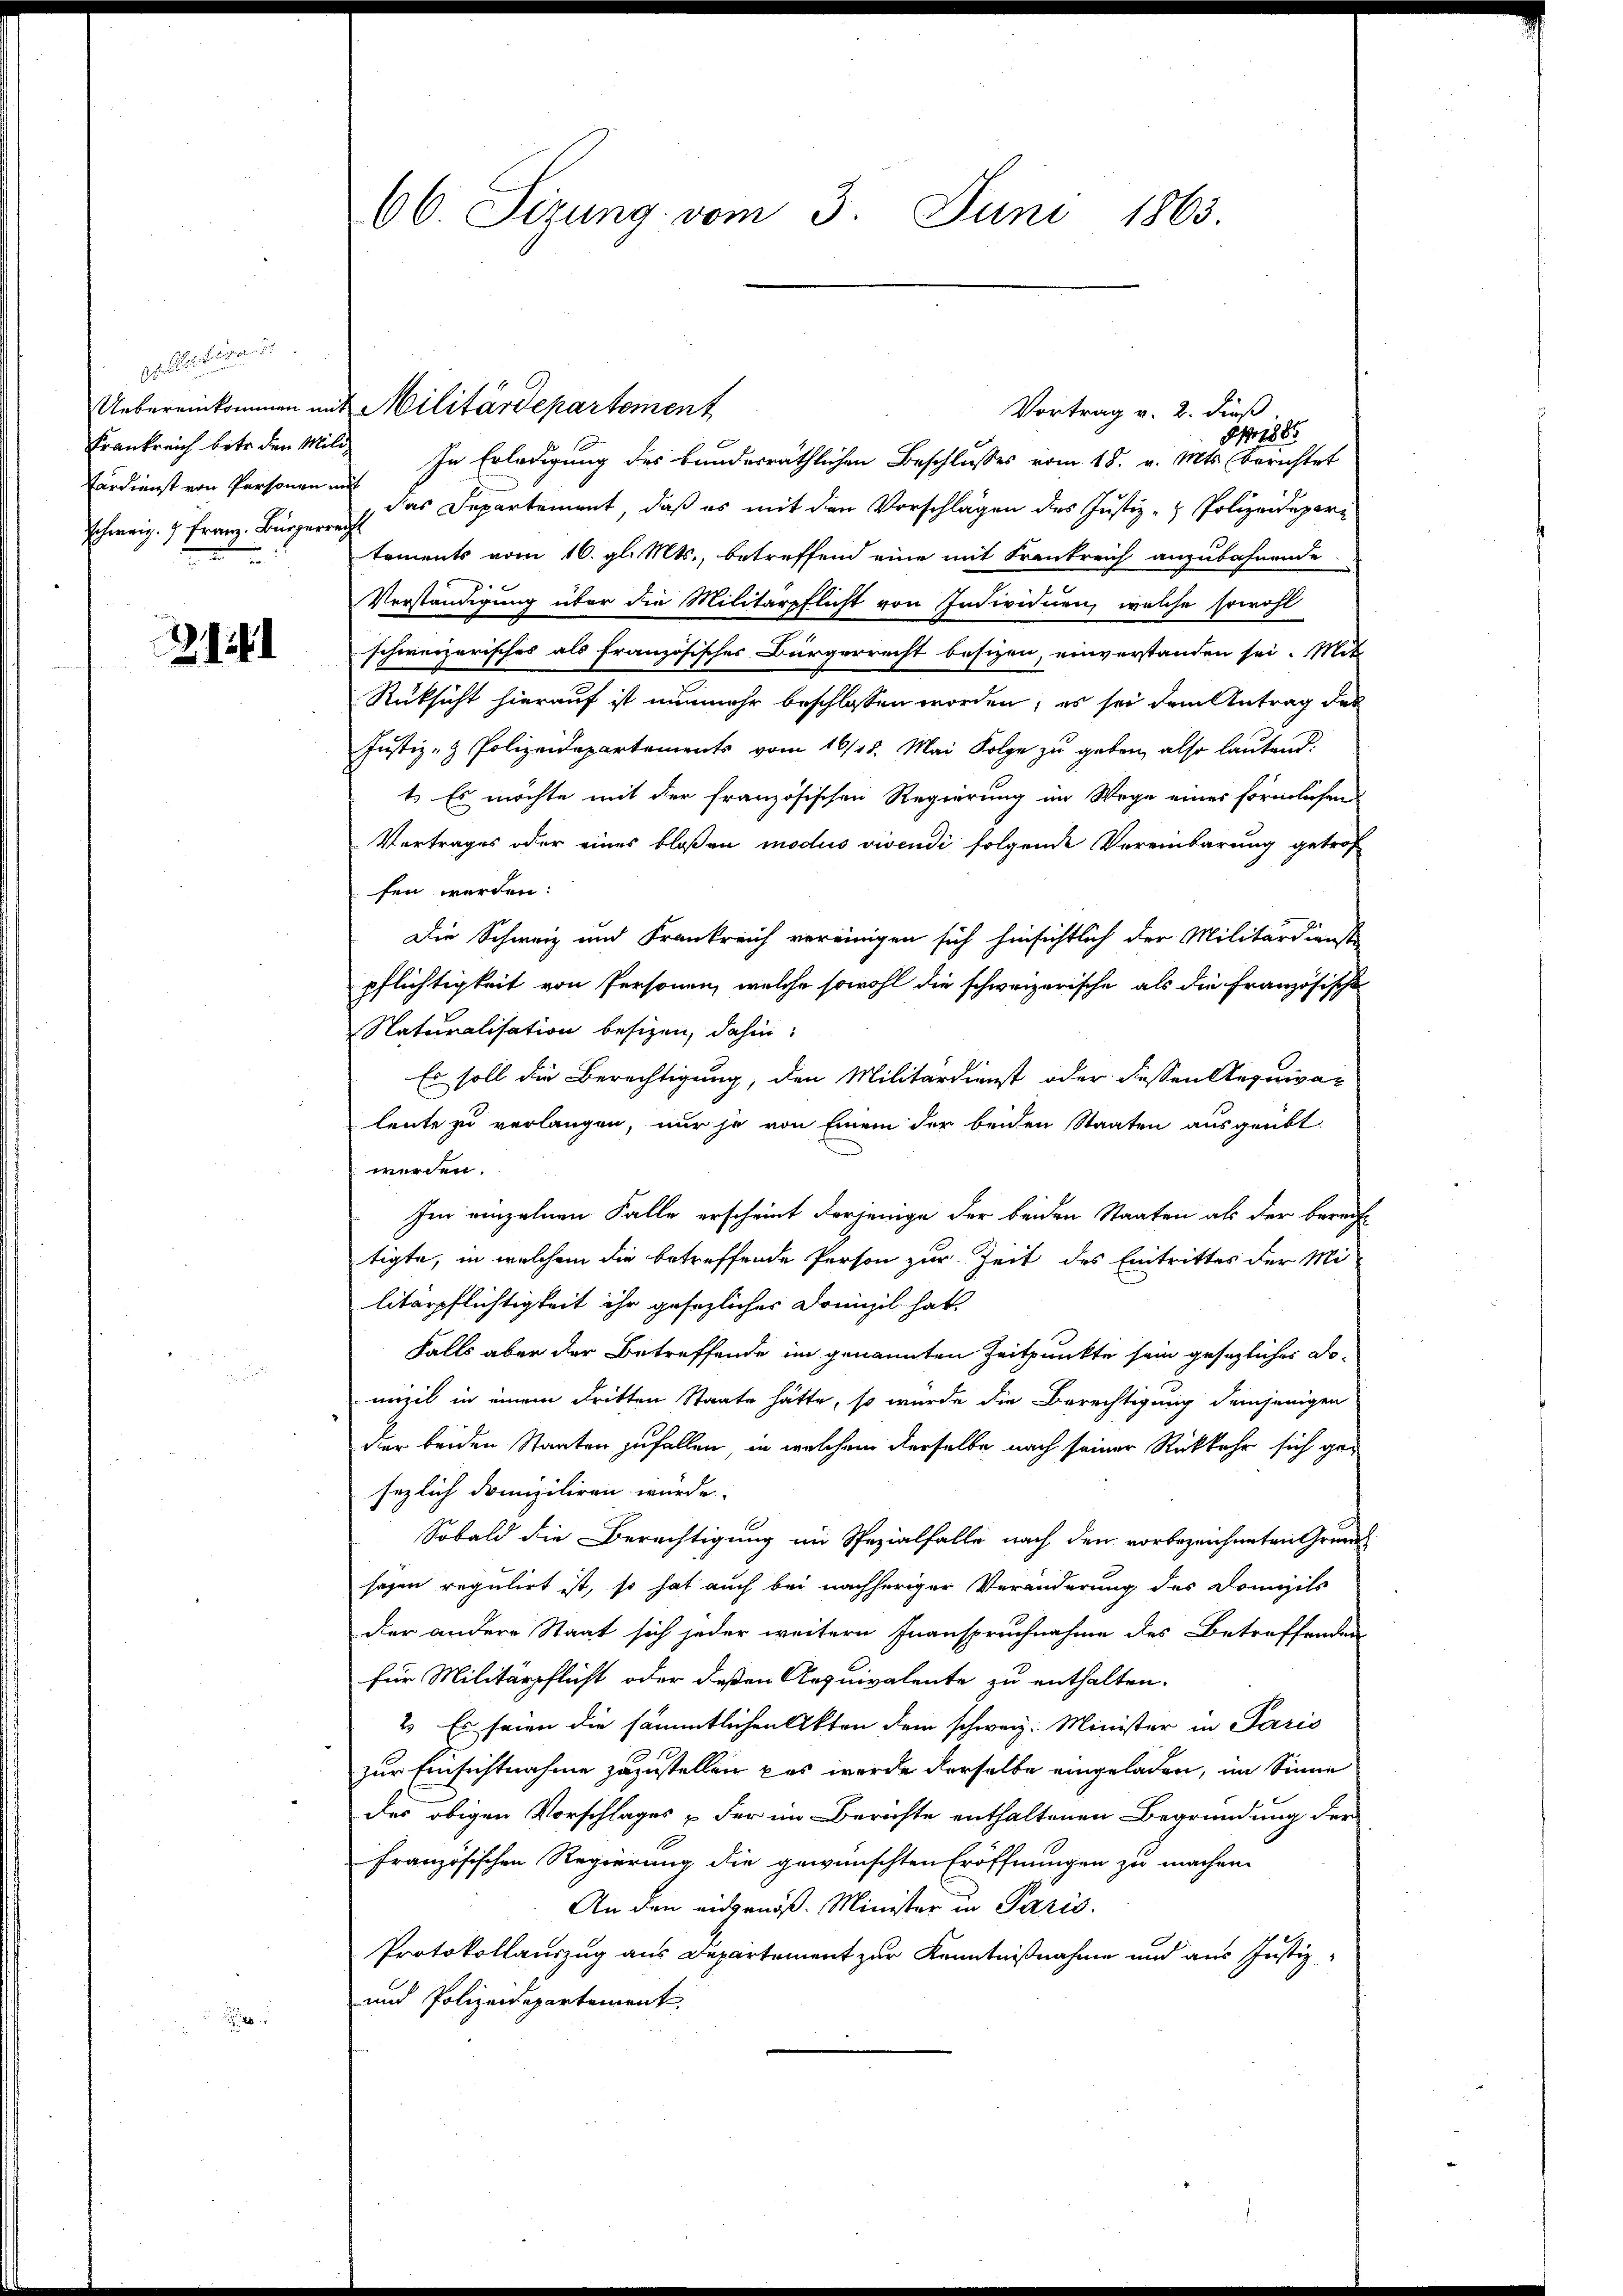
oelesen.
Frankreich betr. den Mili¬
Ferdienst von Personen mit
Schweiz.  Franz-Bürgerrecht

1

8 1885
In Erledigung des Bunderräthlichen Beschlusses vom 18. v. Mts. berichtet
 das Departement, daß es mit den Vorschlägen des Justiz- & Polizeidepari
tements vom 16. gl. Mts., betreffend eine mit Frankreich anzubahnende
Verständigung über die Militärpflicht von Individuen, welche sowohl
schweizerisches als französisches Bürgerrecht besizen, einverstanden sei. Mit
Rüksicht hierauf ist nunmehr beschlossen worden; es sei dem Antrag des
Justiz- & Polizeidepartements vom 16/25. Mai Folge zu geben, also lautend.
1.) Es möchte mit der französischen Regierung im Wege eines förmlichen
Vertrages oder eines bloßen modus vivendi folgende Vereinbarung getref
fen werden:
Die Schweiz und Frankreich vereinigen sich hinsichtlich der Militärdienst
pflichtigkeit von Personen, welche sowohl die schweizerische als die Französische
Naturalisation besizen, dahin:
Es soll die Berechtigung, den Militärdienst oder dessen Requipaleute zu verlangen, nur je von Einem der beiden Staaten ausgeübt
werden.
Im einzelnen Falle erscheint derjenige der beiden Staaten als der berecht
tigte, in welchem die betreffende Person zur Zeit des Eintrittes der Militärpflichtigkeit ihr gesezlicher Domizil hat
Falls aber der Betreffende im genannten Zeitpunkte sein gesezliches Domizil in einem dritten Staate hätte, so wurde die Berechtigung demjenigen
der beiden Staaten zufallen, in welchem derselbe nach seiner Rückkehr sich gesezlich drunziliren wurde
Sobald die Berechtigung im Spezialfalle nach den vorbezeichneten Grunds
sagen regulirt ist, so hat auch bei nachheriger Veränderung des Domizils
der andere Staat sich jeder weitern Inanspruchnahme des Betreffenden
für Militärpflicht oder deßen Requivalente zu enthalten.
2. Es seien die sämmtlichen Akten dem schweiz. Minister in Paris
zur Einsichtnahme zuzustellen das werde derselbe eingeladen, im Sinne
des obigen Vorschlages der im Berichte enthaltenen Begründung der
französischen Regierung die gewünschten Eröffnungen zu machen.
An den eidgenöß. Minister in Paris.
Protokollauszug aus Departement zur Kenntnißnahme und aus Justiz¬
und Polizeidepartement

66 Sizung vom 3. Juni 1863.

Uebereinkommen mit Militärdepartement

Vortrag v. 2. dieß,